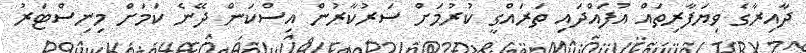
ދާއިރާގެ ވިޔަފާރިތައް އުފައްދައި ތަރައްގީ ކުރުމަށް ސަރުކާރުން އިސްކަން ދޭނެ ކަމަށް މިނިސްޓަރު